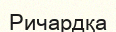
Ричардқа